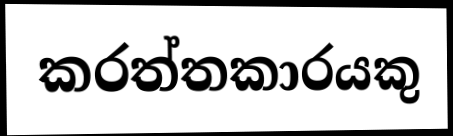
කරත්තකාරයකු